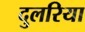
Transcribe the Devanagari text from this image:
दुलरिया